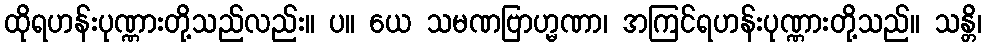
ထိုရဟန်းပုဏ္ဏားတို့သည်လည်း။ ပ။ ယေ သမဏဗြာဟ္မဏာ၊ အကြင်ရဟန်းပုဏ္ဏားတို့သည်။ သန္တိ၊